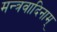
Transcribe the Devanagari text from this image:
मन्त्रवादिनाम्